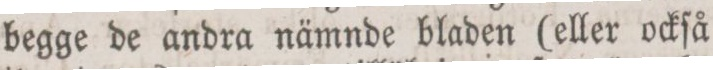
begge de andra nämnde bladen (eller ockſå